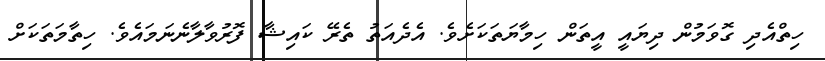
ހިތްއެދި ގޮވަމުން ދިޔައީ އީތަން ހިމާޔަތަކަށެވެ. އެދެއަތު ތެރޭ ކައިޝާ ފޮރުވާލާނެނަމައެވެ. ހިތާމަތަކަށް